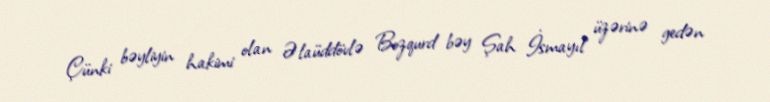
Çünki bəyliyin hakimi olan Əlaüddövlə Bozqurd bəy Şah İsmayıl üzərinə gedən